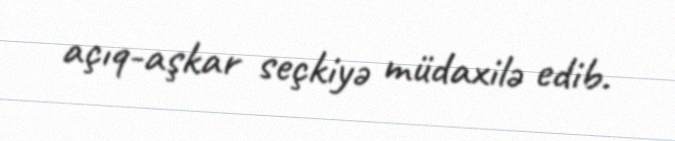
açıq-aşkar seçkiyə müdaxilə edib.